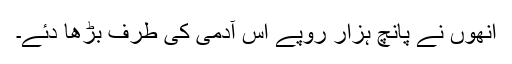
اُنھوں نے پانچ ہزار روپے اُس آدمی کی طرف بڑھا دئے۔